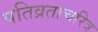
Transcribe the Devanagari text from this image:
पतिव्रताचरित्र